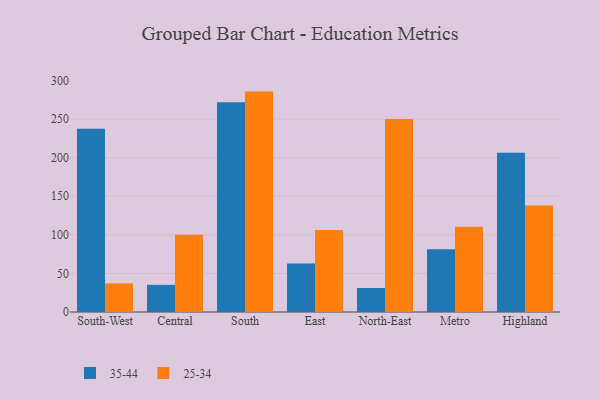
{"axis": {"x": "Region", "y": "Churn Rate (%)"}, "legend": ["25-34", "35-44"], "data": [{"x": "South-West", "y": 237.5, "type": "35-44"}, {"x": "South-West", "y": 37.1, "type": "25-34"}, {"x": "Central", "y": 35.2, "type": "35-44"}, {"x": "Central", "y": 100.2, "type": "25-34"}, {"x": "South", "y": 271.7, "type": "35-44"}, {"x": "South", "y": 285.6, "type": "25-34"}, {"x": "East", "y": 62.8, "type": "35-44"}, {"x": "East", "y": 106.4, "type": "25-34"}, {"x": "North-East", "y": 31.1, "type": "35-44"}, {"x": "North-East", "y": 250.0, "type": "25-34"}, {"x": "Metro", "y": 81.3, "type": "35-44"}, {"x": "Metro", "y": 110.5, "type": "25-34"}, {"x": "Highland", "y": 206.3, "type": "35-44"}, {"x": "Highland", "y": 138.0, "type": "25-34"}]}